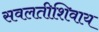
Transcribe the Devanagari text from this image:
सवलतीशिवाय